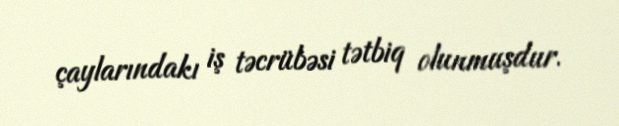
çaylarındakı iş təcrübəsi tətbiq olunmuşdur.